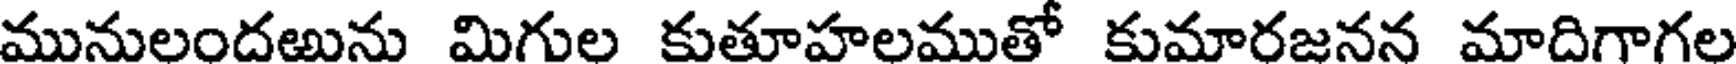
మునులందఱును మిగుల కుతూహలముతో కుమారజనన మాదిగాగల